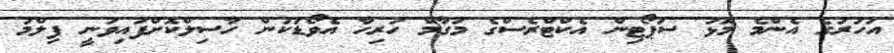
އަހަރުގެ އެންމެ މޮޅު ސަޕޯޓިން އެކްޓްރެސްގެ މަގާމް ހުރިހާ އެވޯޑަކުން ހާސިލްކޮށްފައިވަނީ ފިލްމު